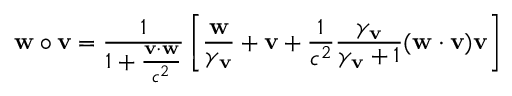
\mathbf { w } \circ \mathbf { v } = { \frac { 1 } { 1 + { \frac { \mathbf { v } \cdot \mathbf { w } } { c ^ { 2 } } } } } \left[ { \frac { \mathbf { w } } { \gamma _ { \mathbf { v } } } } + \mathbf { v } + { \frac { 1 } { c ^ { 2 } } } { \frac { \gamma _ { \mathbf { v } } } { \gamma _ { \mathbf { v } } + 1 } } ( \mathbf { w } \cdot \mathbf { v } ) \mathbf { v } \right]